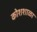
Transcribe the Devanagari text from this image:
कोशशाळा